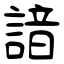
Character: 諳